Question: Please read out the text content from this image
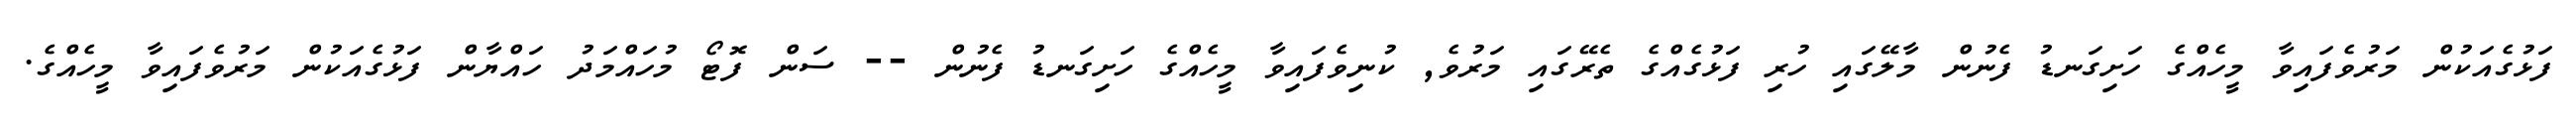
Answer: ފަޅުގެއަކުން މަރުވެފައިވާ މީހެއްގެ ހަށިގަނޑު ފެނުން މާލޭގައި ހުރި ފަޅުގެއްގެ ތެރޭގައި މަރުވެ, ކުނިވެފައިވާ މީހެއްގެ ހަށިގަނޑު ފެނުން -- ސަން ފޮޓޯ މުހައްމަދު ހައްޔާން ފަޅުގެއަކުން މަރުވެފައިވާ މީހެއްގެ.